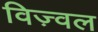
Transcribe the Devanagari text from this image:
विज़्वल